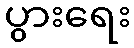
ပွားရေး